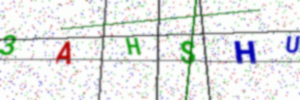
Text: 3AHSHU